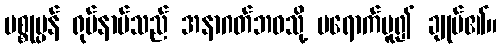
ပစ္စုပ္ပန် ရုပ်နာမ်သည် အနာဂတ်ဘဝသို့ မရောက်မူ၍ ချုပ်၏။